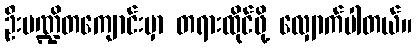
ဦးပဏ္ဍိတကျောင်းမှာ တရားထိုင်ဖို့ လျှောက်ပါတယ်။